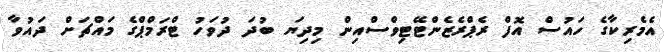
އެމެރިކާގެ ހައުސް އޮފް ރެޕްރެޒެންޓޭޓިވްސްއިން މިދިޔަ ބުދަ ދުވަހު ޓްރަމްޕްގެ މައްޗަށް ދައުވާ